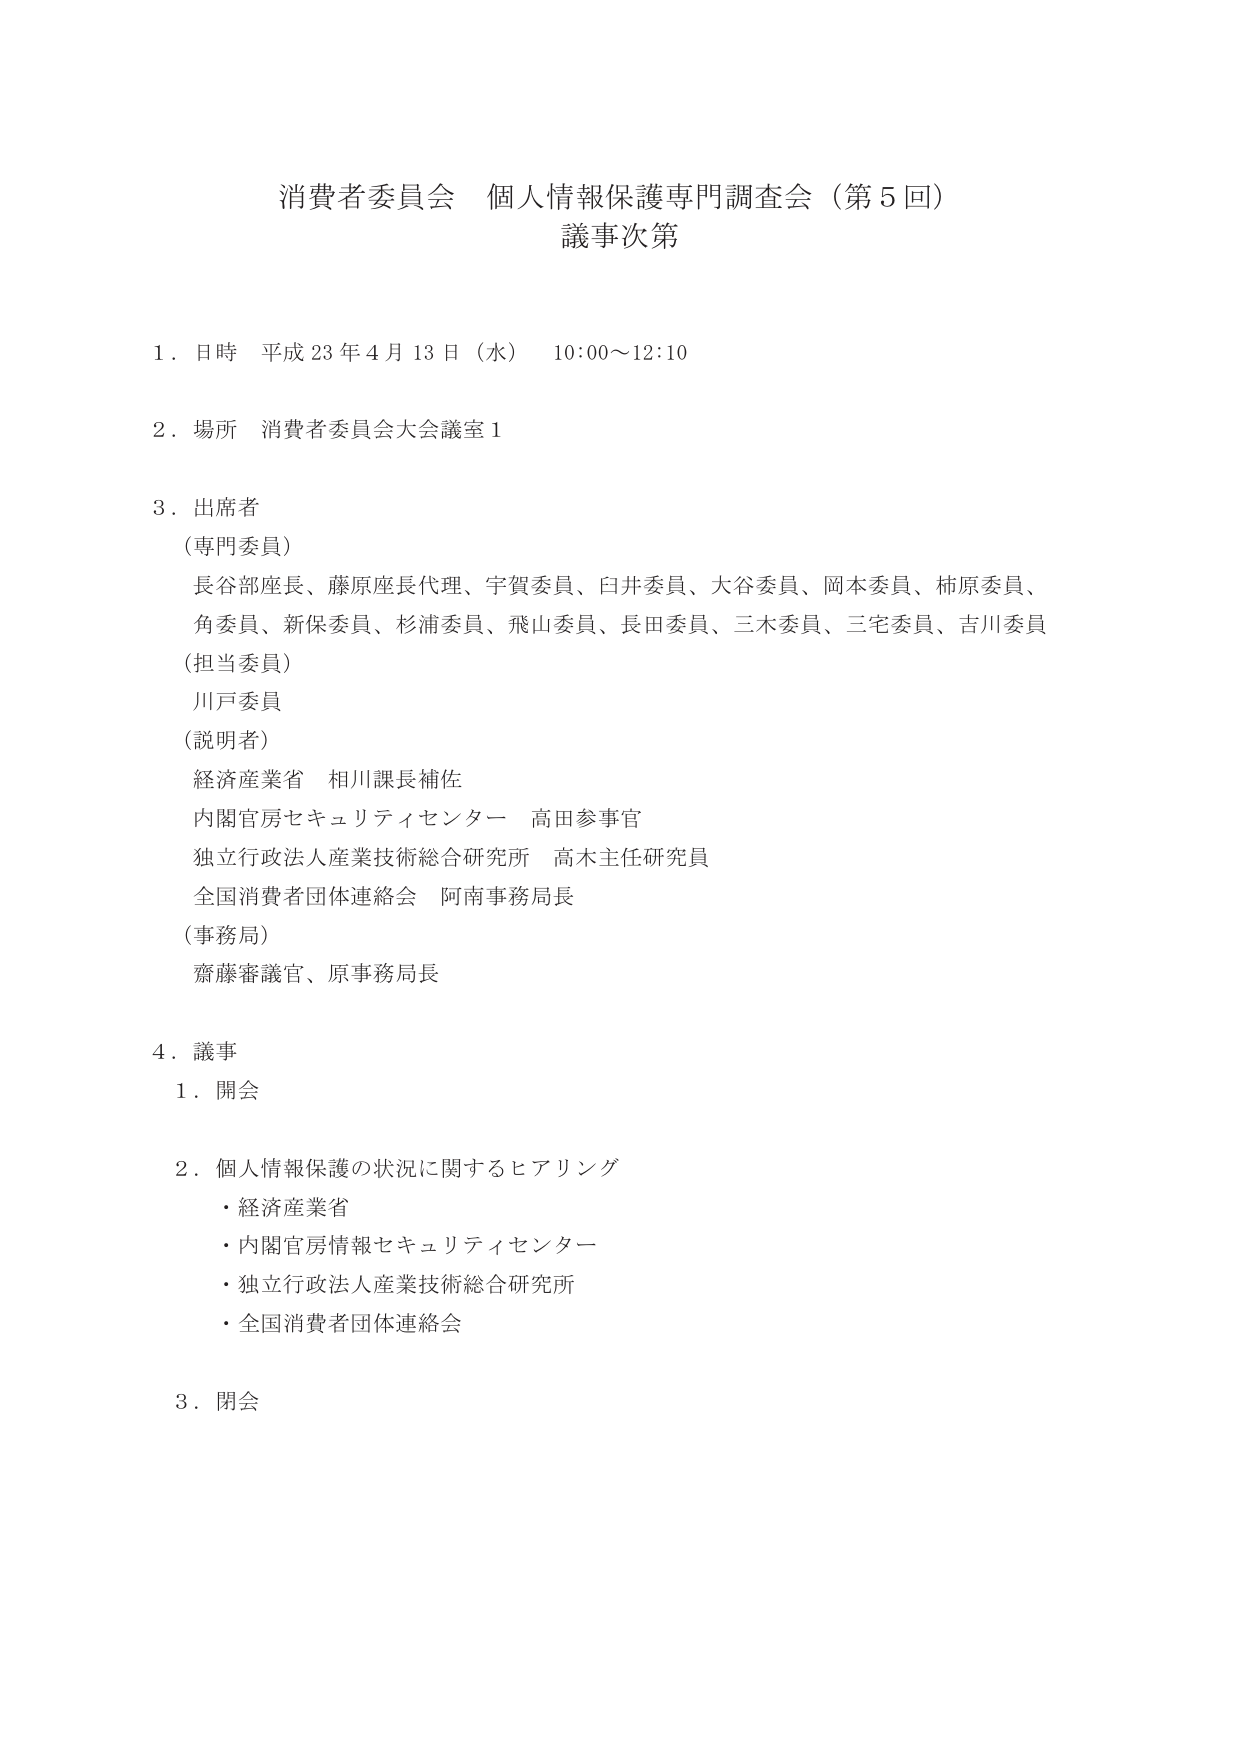
消費者委員会 個人情報保護専門調査会（第5回）
議事次第

1．日時 平成23年4月13日（水） 10:00～12:10

2．場所 消費者委員会大会議室1

3．出席者
（専門委員）
長谷部座長、藤原座長代理、宇賀委員、臼井委員、大谷委員、岡本委員、柿原委員、
角委員、新保委員、杉浦委員、飛山委員、長田委員、三木委員、三宅委員、吉川委員
（担当委員）
川戸委員
（説明者）
経済産業省 相川課長補佐
内閣官房セキュリティセンター 高田参事官
独立行政法人産業技術総合研究所 高木主任研究員
全国消費者団体連絡会 阿南事務局長
（事務局）
齋藤審議官、原事務局長

4．議事
1．開会
2．個人情報保護の状況に関するヒアリング
・経済産業省
・内閣官房情報セキュリティセンター
・独立行政法人産業技術総合研究所
・全国消費者団体連絡会
3．閉会